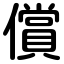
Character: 償